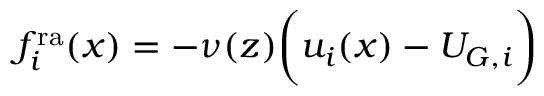
f _ { i } ^ { \mathrm { r a } } ( \boldsymbol { x } ) = - \nu ( z ) \biggl ( u _ { i } ( \boldsymbol { x } ) - U _ { G , i } \biggl )